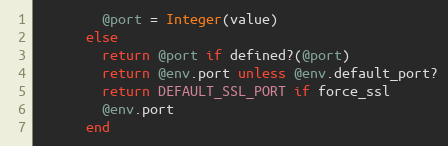
Language: Ruby
        @port = Integer(value)
      else
        return @port if defined?(@port)
        return @env.port unless @env.default_port?
        return DEFAULT_SSL_PORT if force_ssl
        @env.port
      end